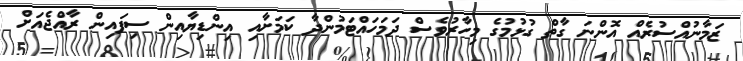
ޒަމާނުއްސުރެއް އޮންނަ ގާތް ގުޅުމުގެ މިހާރުވެސް ދަމަހައްޓަމުންދާ ކަމަށާއި އިންޑިޔާއިން ސިފައިން ރާއްޖެއަށް